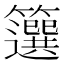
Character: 𥶷